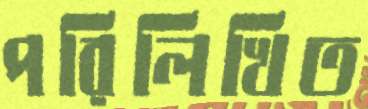
পরিলিখিত